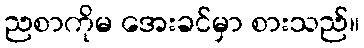
ညစာကိုမ အေးခင်မှာ စားသည်။